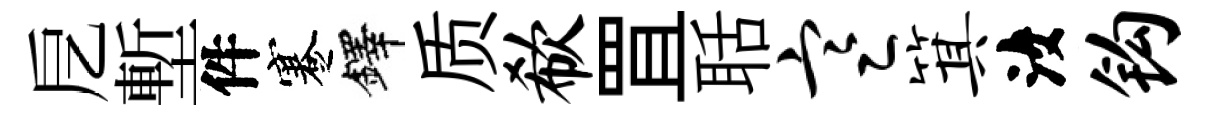
戹塹件蹇鐸质欷罝聒寒箕汝钩